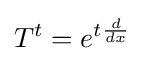
T^{t}=e^{t{\frac {d}{dx}}}~